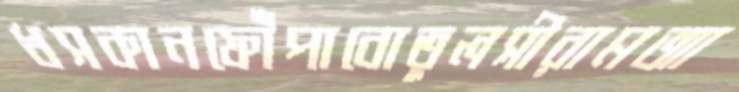
ধসকানফোঁপাবোতুলসীরামআ